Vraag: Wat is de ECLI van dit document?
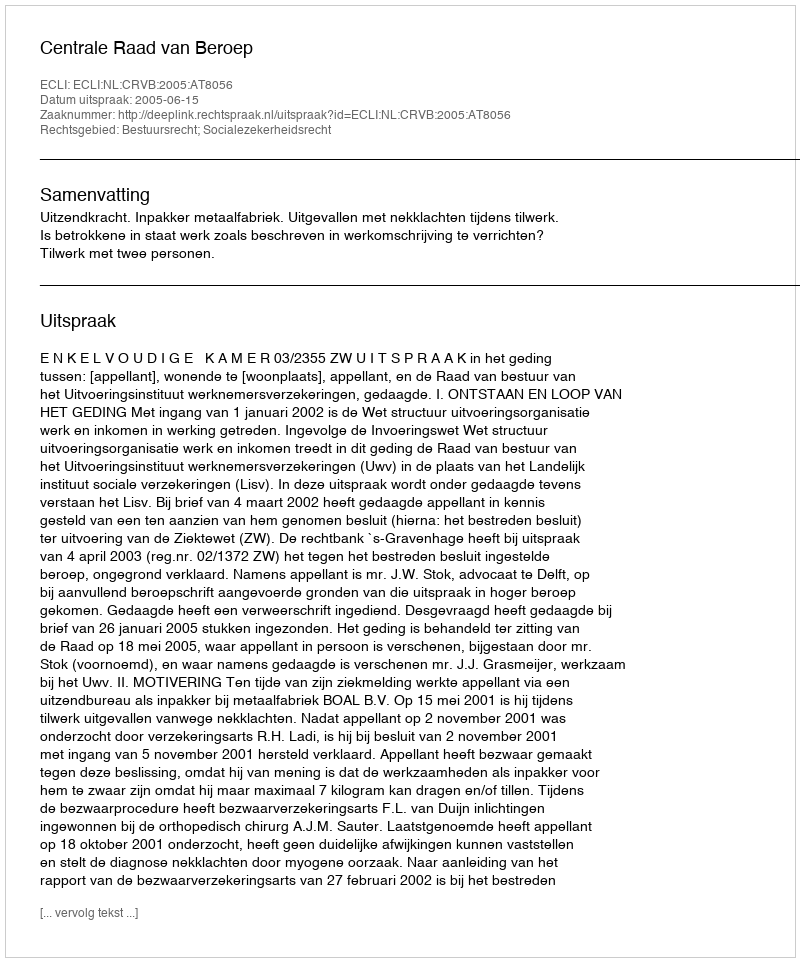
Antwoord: ECLI:NL:CRVB:2005:AT8056